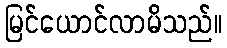
မြင်ယောင်လာမိသည်။